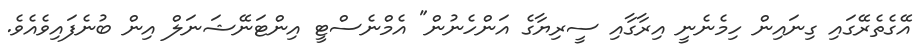
އޭގެތެރޭގައި ގިނައިން ހިމެނެނީ އިރާގާއި ސީރިޔާގެ އަންހެނުން" އެމްނެސްޓީ އިންޓަނޭޝަނަލް އިން ބުނެފައިވެއެވެ.